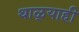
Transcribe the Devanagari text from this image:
थाळ्याही